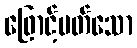
ဖြောင့်မတ်သော